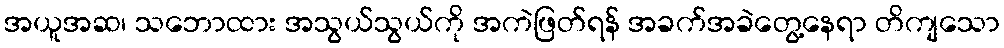
အယူအဆ၊ သဘောထား အသွယ်သွယ်ကို အကဲဖြတ်ရန် အခက်အခဲတွေ့နေရာ တိကျသော